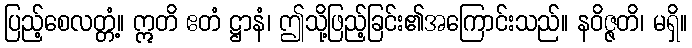
ပြည့်စေလတ္တံ့။ ဣတိ ဧတံ ဋ္ဌာနံ၊ ဤသို့ဖြည့်ခြင်း၏အကြောင်းသည်။ နဝိဇ္ဇတိ၊ မရှိ။